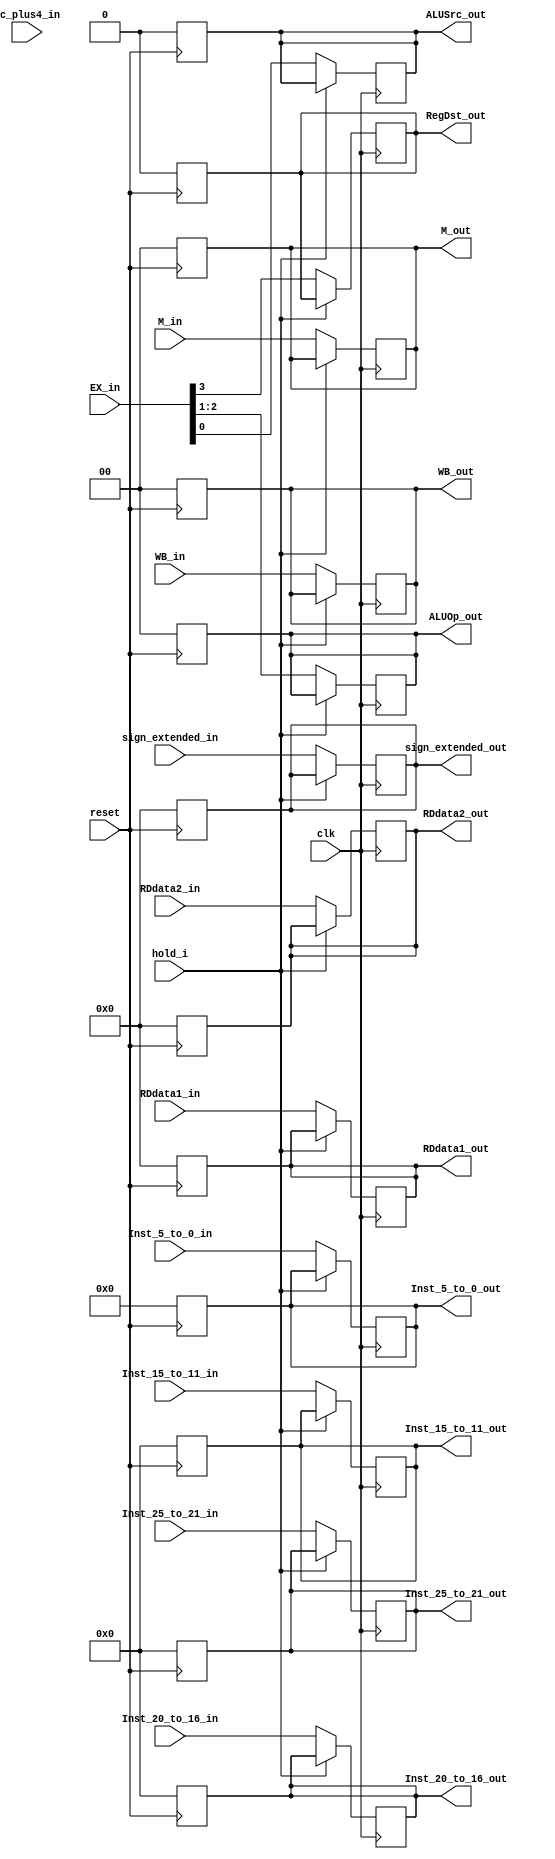
module ID_EX(input clk,
             input reset,
             input [1:0] WB_in, 
             input [1:0] M_in, 
             input [3:0] EX_in, 
             input [31:0] RDdata1_in, 
             input [31:0] RDdata2_in, 
             input [31:0] sign_extended_in, 
             input [4:0] Inst_25_to_21_in,
             input [4:0] Inst_20_to_16_in, 
             input [4:0] Inst_15_to_11_in, 
             input [5:0] Inst_5_to_0_in,
			 input [31:0] pc_plus4_in,
			 input hold_i,
             output reg[1:0] WB_out, 
             output reg[1:0] M_out, 
             output reg ALUSrc_out,
			 output reg [1:0] ALUOp_out,
			 output reg RegDst_out,
             output reg[31:0] RDdata1_out, 
             output reg[31:0] RDdata2_out, 
             output reg[31:0] sign_extended_out, 
             output reg[4:0] Inst_25_to_21_out, 
             output reg[4:0] Inst_20_to_16_out, 
             output reg[4:0] Inst_15_to_11_out, 
             output reg[5:0] Inst_5_to_0_out);
	always@(posedge reset)begin
		WB_out = 0;
		M_out = 0;
		ALUSrc_out = 0;
		ALUOp_out = 0;
		RegDst_out = 0;
		RDdata1_out = 0;
		RDdata2_out = 0;
		sign_extended_out = 0;
		Inst_15_to_11_out = 0; 
        Inst_20_to_16_out = 0; 
        Inst_25_to_21_out = 0; 
        Inst_5_to_0_out = 0;
    end
	
	always@(posedge clk)begin
		if(hold_i) begin
			WB_out <= WB_out;
			M_out <= M_out;
			ALUSrc_out <= ALUSrc_out;
			ALUOp_out <= ALUOp_out;
			RegDst_out <=  RegDst_out;
			RDdata1_out <= RDdata1_out;
			RDdata2_out <= RDdata2_out;
			sign_extended_out <= sign_extended_out;
			Inst_15_to_11_out <= Inst_15_to_11_out; 
			Inst_20_to_16_out <= Inst_20_to_16_out; 
			Inst_25_to_21_out <= Inst_25_to_21_out;
			Inst_5_to_0_out <= Inst_5_to_0_out;
		end
		else begin
			WB_out <= WB_in;
			M_out <= M_in;
			ALUSrc_out <= EX_in[0];
			ALUOp_out <= EX_in[2:1];
			RegDst_out <=  EX_in[3];
			RDdata1_out <= RDdata1_in;
			RDdata2_out <= RDdata2_in;
			sign_extended_out <= sign_extended_in;
			Inst_15_to_11_out <= Inst_15_to_11_in; 
			Inst_20_to_16_out <= Inst_20_to_16_in; 
			Inst_25_to_21_out <= Inst_25_to_21_in; 
			Inst_5_to_0_out <= Inst_5_to_0_in;
		end
	end
endmodule